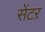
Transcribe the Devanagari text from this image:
सेंटऱ